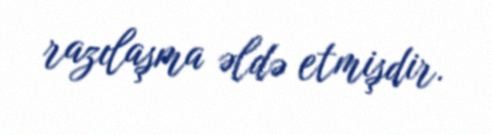
razılaşma əldə etmişdir.